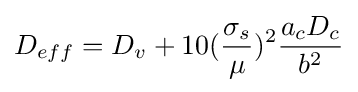
D_{eff}=D_{v}+10({\frac {\sigma _{s}}{\mu }})^{2}{\frac {a_{c}D_{c}}{b^{2}}}